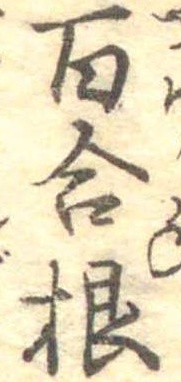
百合根